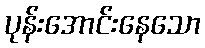
ပုန်းအောင်းနေသော